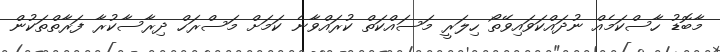
މާބޮޑު ހާސްކަމެއް ނުދައްކަވައިވޭތޯ ހިލަރީ މަސައްކަތް ކުރައްވާނެ ކަމަށް މަސްރަހް ދިރާސާކުރާ ފަރާތްތަކުން